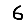
Digit: 6